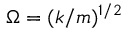
\Omega = ( k / m ) ^ { 1 / 2 }